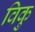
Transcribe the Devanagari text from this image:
विकु